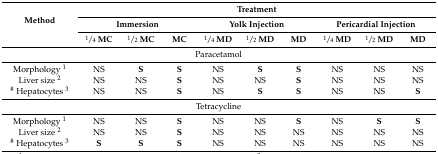
<table><thead><tr><td rowspan="3"><b>Method</b></td><td colspan="9"><b>Treatment</b></td></tr><tr><td colspan="3"><b>Immersion</b></td><td colspan="3"><b>Yolk Injection</b></td><td colspan="3"><b>Pericardial Injection</b></td></tr><tr><td><b>1⁄4 MC</b></td><td><b>1⁄2 MC</b></td><td><b>MC</b></td><td><b>1⁄4 MD</b></td><td><b>1⁄2 MD</b></td><td><b>MD</b></td><td><b>1⁄4 MD</b></td><td><b>1⁄2 MD</b></td><td><b>MD</b></td></tr></thead><tbody><tr><td colspan="10">Paracetamol</td></tr><tr><td>Morphology <sup>1</sup></td><td>NS</td><td><b>S</b></td><td><b>S</b></td><td>NS</td><td><b>S</b></td><td><b>S</b></td><td>NS</td><td>NS</td><td>NS</td></tr><tr><td>Liver size <sup>2</sup></td><td>NS</td><td>NS</td><td><b>S</b></td><td>NS</td><td>NS</td><td><b>S</b></td><td>NS</td><td>NS</td><td>NS</td></tr><tr><td><sup>#</sup> Hepatocytes <sup>3</sup></td><td>NS</td><td>NS</td><td><b>S</b></td><td>NS</td><td><b>S</b></td><td><b>S</b></td><td>NS</td><td>NS</td><td><b>S</b></td></tr><tr><td colspan="10">Tetracycline</td></tr><tr><td>Morphology <sup>1</sup></td><td>NS</td><td>NS</td><td><b>S</b></td><td>NS</td><td>NS</td><td><b>S</b></td><td>NS</td><td><b>S</b></td><td><b>S</b></td></tr><tr><td>Liver size <sup>2</sup></td><td>NS</td><td>NS</td><td><b>S</b></td><td>NS</td><td>NS</td><td>NS</td><td>NS</td><td>NS</td><td>NS</td></tr><tr><td><sup>#</sup> Hepatocytes <sup>3</sup></td><td><b>S</b></td><td><b>S</b></td><td><b>S</b></td><td>NS</td><td>NS</td><td>NS</td><td>NS</td><td>NS</td><td>NS</td></tr></tbody></table>